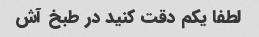
لطفا یکم دقت کنید در طبخ آش